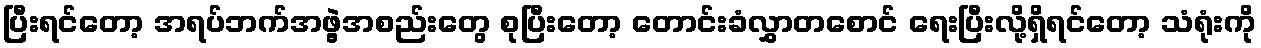
ပြီးရင်တော့ အရပ်ဘက်အဖွဲ့အစည်းတွေ စုပြီးတော့ တောင်းခံလွှာတစောင် ရေးပြီးလို့ရှိရင်တော့ သံရုံးကို